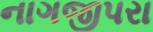
નાગજીપરા